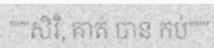
"""សិរិ, គាត់ បាន កប់"""